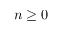
n \geq 0